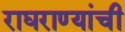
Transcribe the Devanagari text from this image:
राघराण्यांची